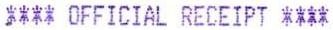
**** OFFICIAL RECEIPT ****